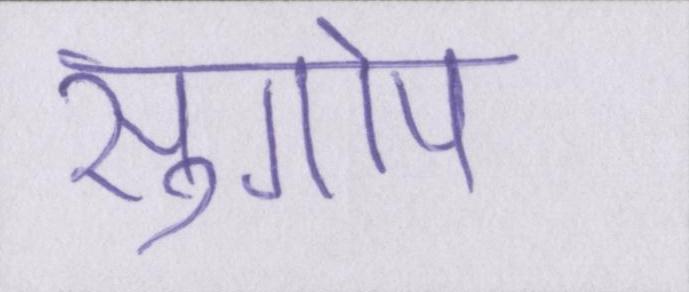
सुगोप